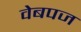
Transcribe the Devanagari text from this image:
वेबपज